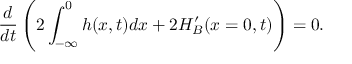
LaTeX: \frac { d } { d t } \left( 2 \int _ { - \infty } ^ { 0 } h ( x , t ) d x + 2 H _ { B } ^ { \prime } ( x = 0 , t ) \right) = 0 .